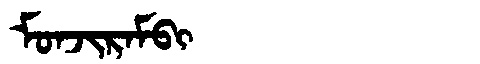
Manchu: ᠮᠣᠨᠵᡳᡵᠠᠮᠪᡳ
Romanization: MONJIRAMBI